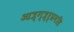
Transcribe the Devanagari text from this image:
आत्र्ग्त्र्र्प्रनलि